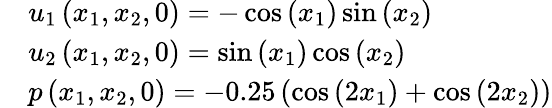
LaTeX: \begin{array}{rl}&{u_{1}\left(x_{1},x_{2},0\right)=-\cos\left(x_{1}\right)\sin\left(x_{2}\right)}\\ &{u_{2}\left(x_{1},x_{2},0\right)=\sin\left(x_{1}\right)\cos\left(x_{2}\right)}\\ &{p\left(x_{1},x_{2},0\right)=-0.25\left(\cos\left(2x_{1}\right)+\cos\left(2x_{2}\right)\right)}\end{array}